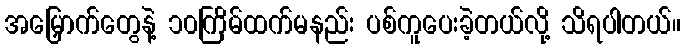
အမြှောက်တွေနဲ့ ၁၀ကြိမ်ထက်မနည်း ပစ်ကူပေးခဲ့တယ်လို့ သိရပါတယ်။